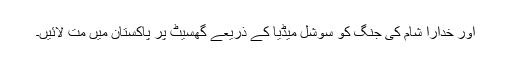
اور خدارا شام کی جنگ کو سوشل میڈیا کے ذریعے گھسیٹ پر پاکستان میں مت لائیں۔